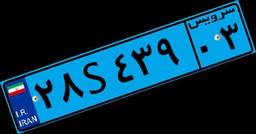
۵۶S۹۸۳۴۴